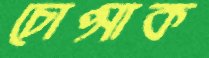
চোপ্‌সাক